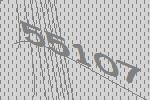
55107